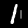
Label: 1